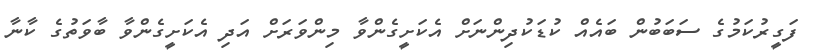
ފަގީރުކަމުގެ ސަބަބުން ބައެއް ކުޑަކުދިންނަށް އެކަށީގެންވާ މިންވަރަށް އަދި އެކަށީގެންވާ ބާވަތުގެ ކާނާ